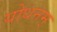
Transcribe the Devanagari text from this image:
योधनम्